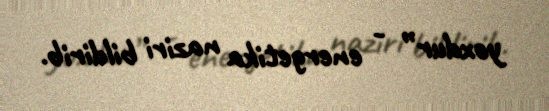
yoxdur” - energetika naziri bildirib.